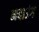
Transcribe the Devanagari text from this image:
नदाउंग